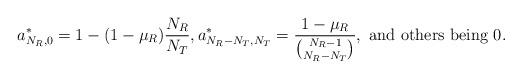
LaTeX: \begin{align*}&a^*_{N_R,0}=1-(1-\mu_R)\frac{N_R}{N_T},a^*_{N_R-N_T,N_T}=\frac{1-\mu_R}{\binom{N_R-1}{N_R-N_T}},\textrm{ and others being 0}.\end{align*}